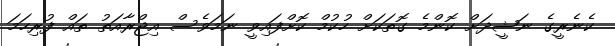
ކެނެރީގެ ނަޝީދަށް ކޮންމެ ގޮތަކަށް ހުކުމް ކޮށްފައިވީ ނަމަވެސް އިޖްރާއަތު ތައް ފުރިހަމަ